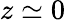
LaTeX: z\simeq 0